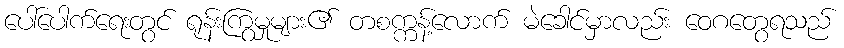
ပေါ်ပေါက်ရေးတွင် ရုန်းကြွမှုများ၏ တစက္ကန့်လောက် မဲခေါင်မှာလည်း ဝေဂတွေရသည်